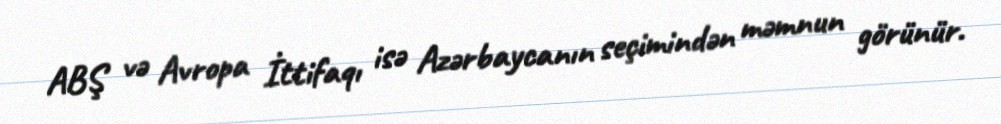
ABŞ və Avropa İttifaqı isə Azərbaycanın seçimindən məmnun görünür.